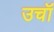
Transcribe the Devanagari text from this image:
उचॉं